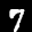
Label: 7